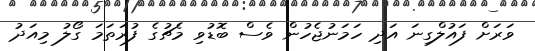
ވަރަށް ފައުލްގިނަ އަދި ހަމަނުޖެހުން ވެސް ބޮޑުވި މެޗުގެ ފުރަތަމަ ގޯލު މިއަދު